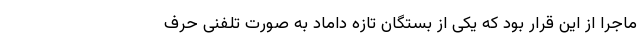
ماجرا از این قرار بود که یکی از بستگان تازه داماد به صورت تلفنی حرف